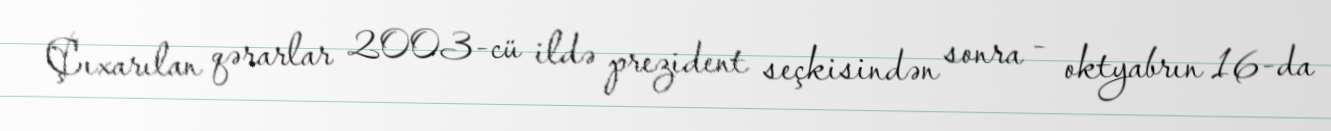
Çıxarılan qərarlar 2003-cü ildə prezident seçkisindən sonra - oktyabrın 16-da